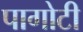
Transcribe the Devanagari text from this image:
पागोटी